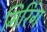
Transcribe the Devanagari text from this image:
मिरिंग